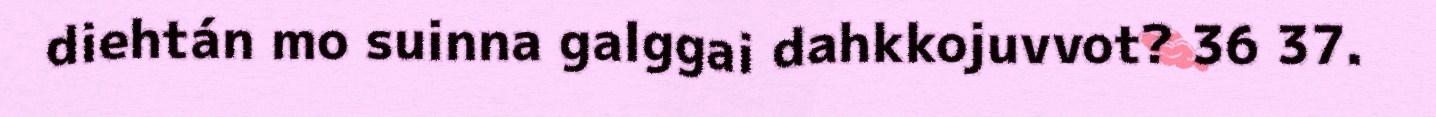
diehtán mo suinna galggai dahkkojuvvot? 36 37.